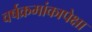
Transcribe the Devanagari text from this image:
वर्षक्रमांकापेक्षा